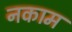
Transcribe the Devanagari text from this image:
नकाम